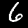
Digit: 6